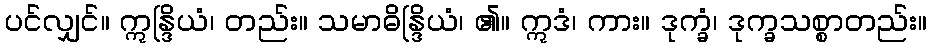
ပင်လျှင်။ ဣန္ဒြိယံ၊ တည်း။ သမာဓိန္ဒြိယံ၊ ၏။ ဣဒံ၊ ကား။ ဒုက္ခံ၊ ဒုက္ခသစ္စာတည်း။